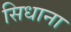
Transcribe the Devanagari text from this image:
सिधाना